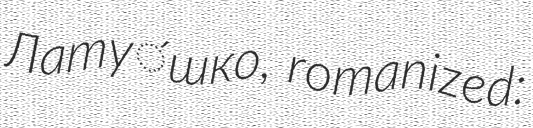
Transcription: Лату́шко, romanized: